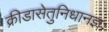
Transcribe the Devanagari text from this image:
क्रीडासेतुनिधानज्ञः